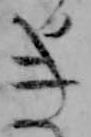
き